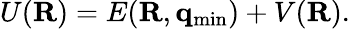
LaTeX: \begin{array}{r}{U({\mathbf R})=E({\mathbf R},{\mathbf q}_{\mathrm{min}})+V({\mathbf R}).}\end{array}